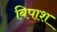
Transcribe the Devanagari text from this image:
बिपाश